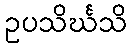
ဥပသိင်္ဃသိ